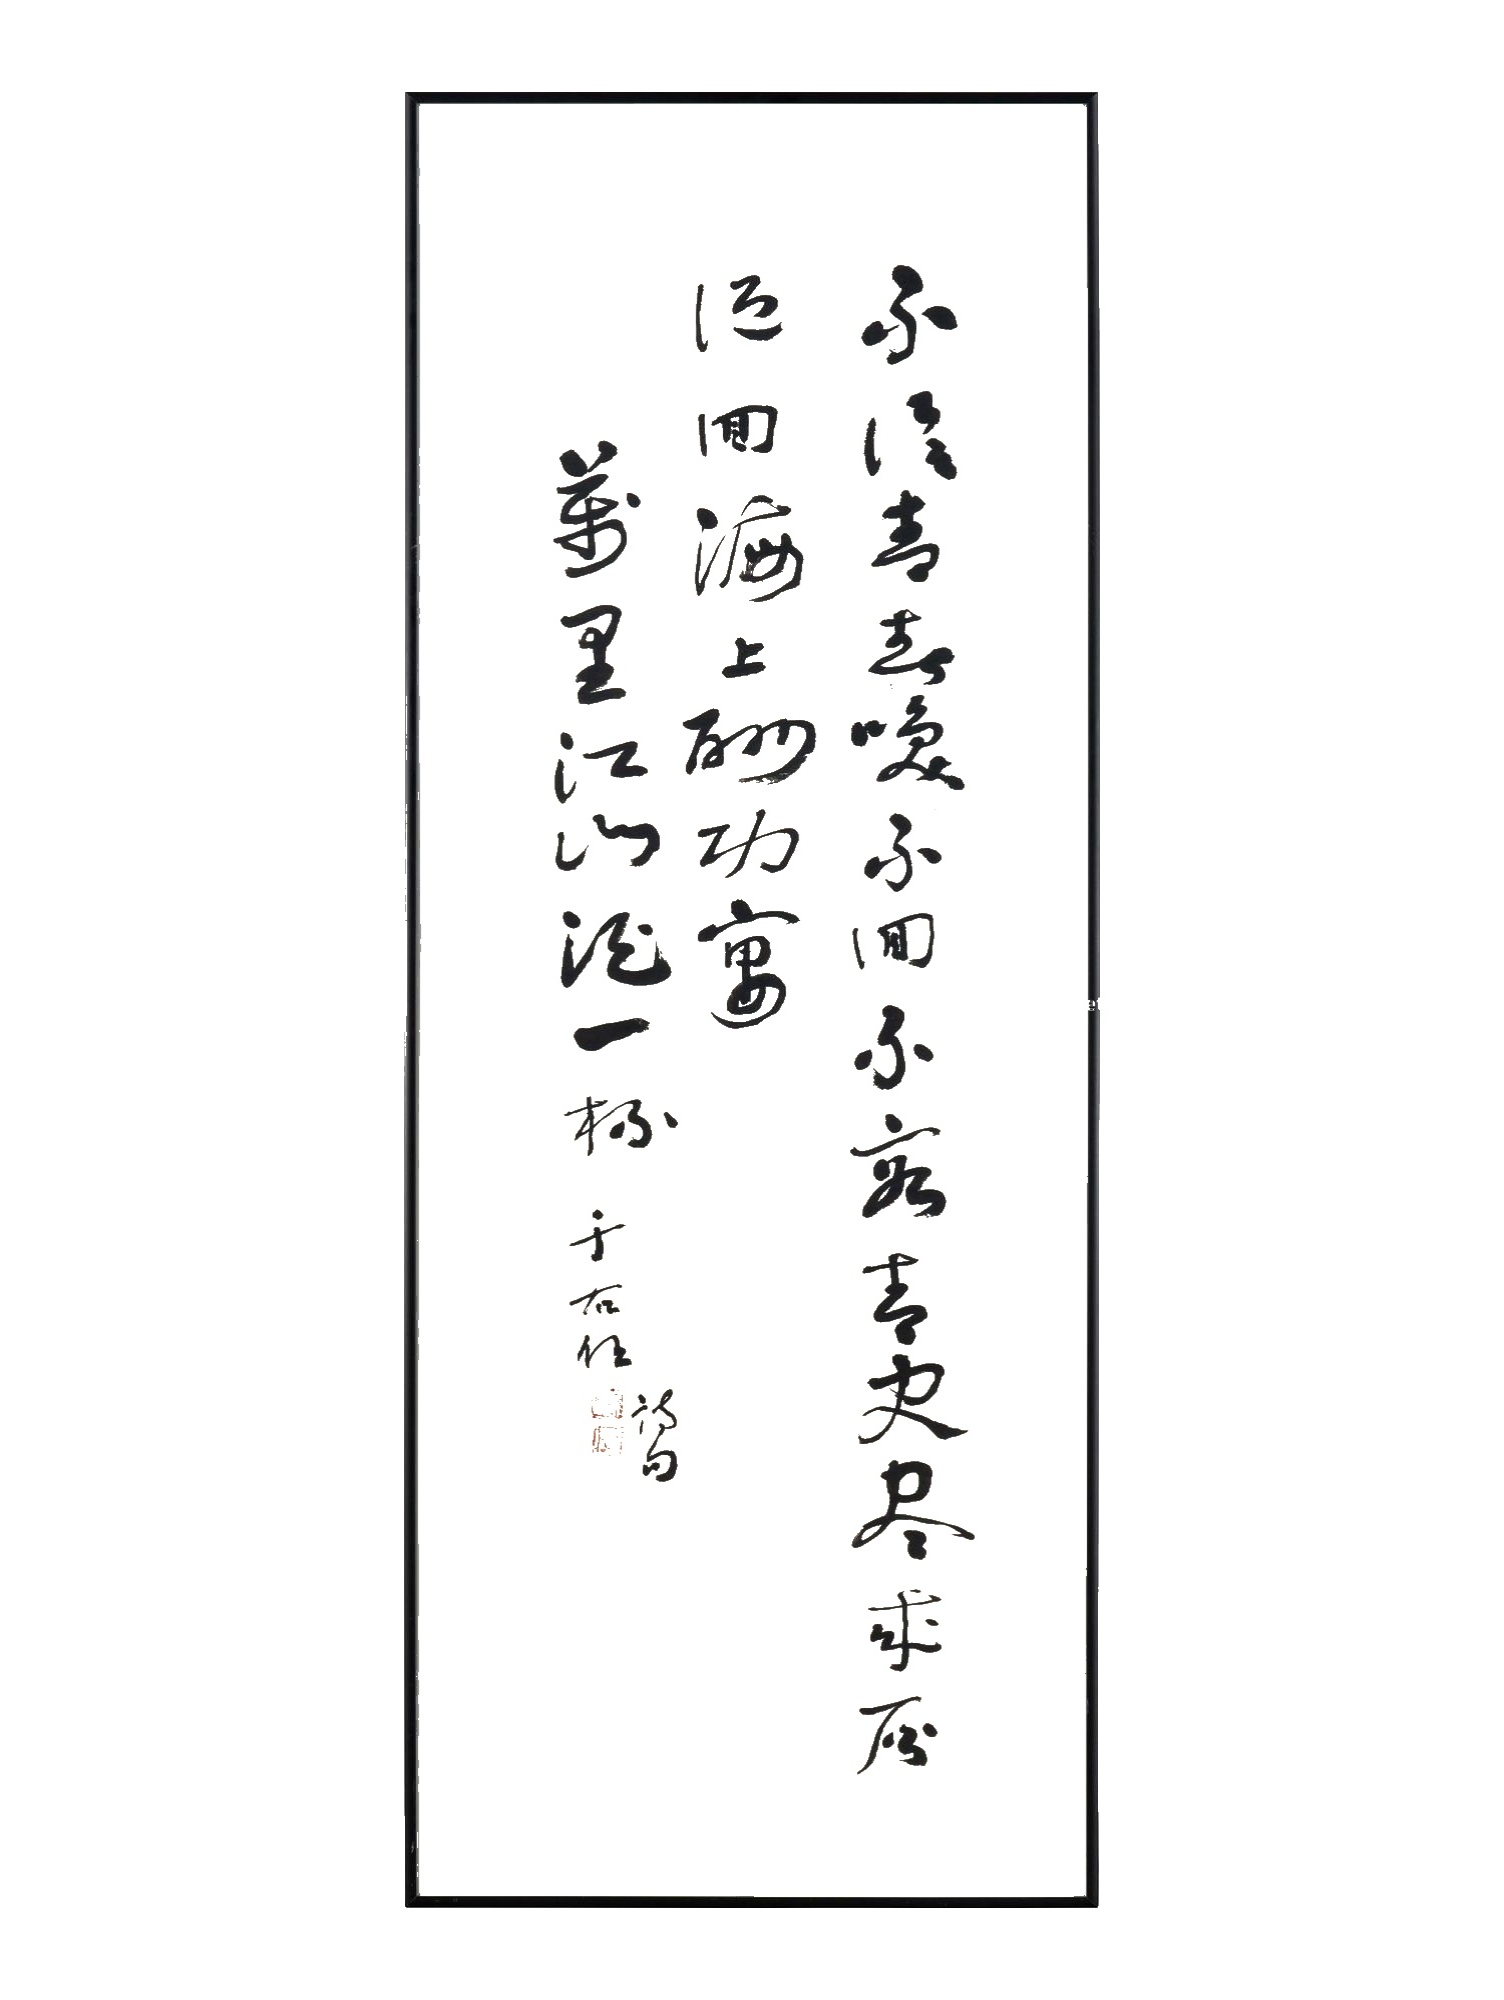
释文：不信青春唤不回，不容青史尽成灰。低回海上酬功宴，万里江山酒一杯。于右任诗句。